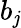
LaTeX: b_{\mathit{j}}